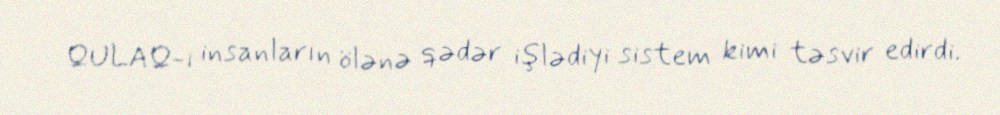
QULAQ-ı insanların ölənə qədər işlədiyi sistem kimi təsvir edirdi.